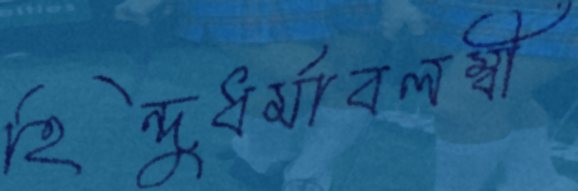
হিন্দুধর্মাবলম্বী